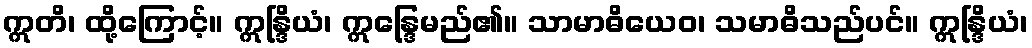
ဣတိ၊ ထို့ကြောင့်။ ဣန္ဒြိယံ၊ ဣန္ဒြေမည်၏။ သာမာဓိယေဝ၊ သမာဓိသည်ပင်။ ဣန္ဒြိယံ၊